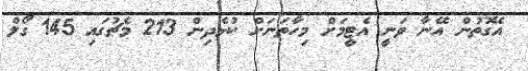
އެގޮތުން އޭނާ ވަނީ އެޓީމަށް މިހާތަނަށް ކުޅެދިން 213 މެޗުގައި 145 ގޯލް